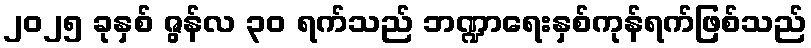
၂၀၂၅ ခုနှစ် ဇွန်လ ၃၀ ရက်သည် ဘဏ္ဍာရေးနှစ်ကုန်ရက်ဖြစ်သည်